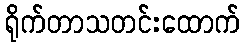
ရိုက်တာသတင်းထောက်